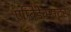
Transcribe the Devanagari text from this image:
एम्बिडेक्सटर